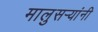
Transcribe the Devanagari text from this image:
मालुसर्‍यांनी